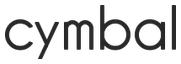
cymbal